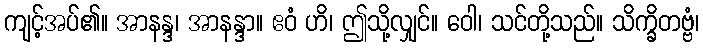
ကျင့်အပ်၏။ အာနန္ဒ၊ အာနန္ဒာ။ ဧဝံ ဟိ၊ ဤသို့လျှင်။ ဝေါ၊ သင်တို့သည်။ သိက္ခိတဗ္ဗံ၊